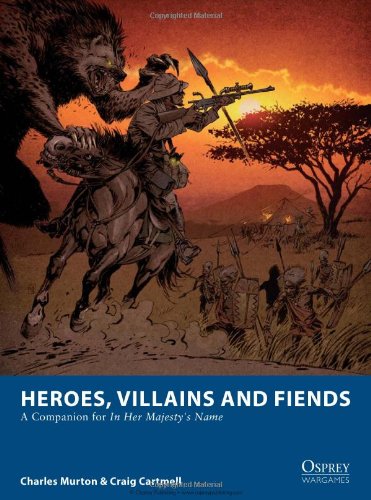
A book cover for Heroes, Villains and Fiends: A Companion for In Her Majesty's Name (Osprey Wargames); Craig Cartmell; Science Fiction & Fantasy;